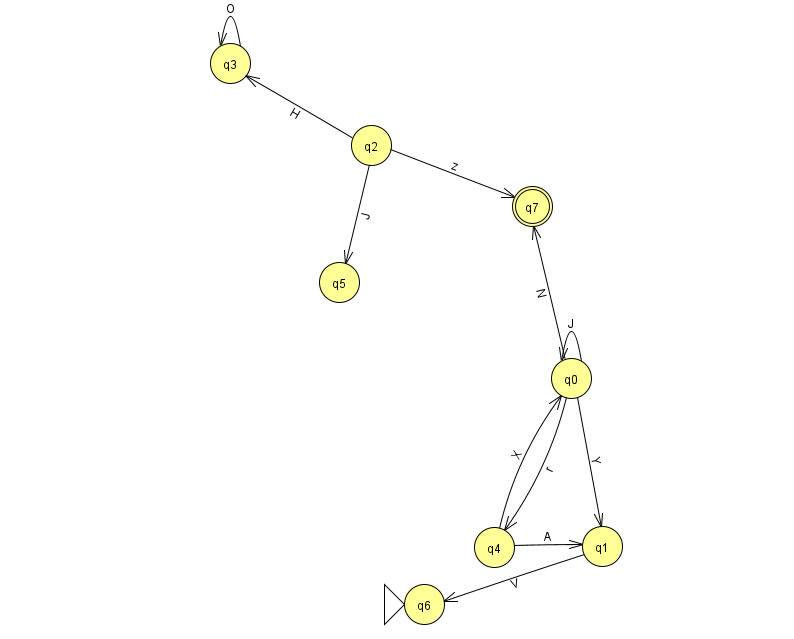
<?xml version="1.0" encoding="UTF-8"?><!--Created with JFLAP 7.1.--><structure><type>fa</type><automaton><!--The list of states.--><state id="0" name="q0"><x>571.0</x><y>365.0</y></state><state id="1" name="q1"><x>602.0</x><y>533.0</y></state><state id="2" name="q2"><x>371.0</x><y>132.0</y></state><state id="3" name="q3"><x>230.0</x><y>50.0</y></state><state id="4" name="q4"><x>494.0</x><y>534.0</y></state><state id="5" name="q5"><x>339.0</x><y>269.0</y></state><state id="6" name="q6"><x>424.0</x><y>591.0</y><initial/></state><state id="7" name="q7"><x>532.0</x><y>193.0</y><final/></state><!--The list of transitions.--><transition><from>0</from><to>1</to><read>Y</read></transition><transition><from>1</from><to>6</to><read>V</read></transition><transition><from>2</from><to>3</to><read>H</read></transition><transition><from>4</from><to>0</to><read>X</read></transition><transition><from>4</from><to>1</to><read>A</read></transition><transition><from>0</from><to>7</to><read>N</read></transition><transition><from>2</from><to>5</to><read>J</read></transition><transition><from>0</from><to>0</to><read>J</read></transition><transition><from>2</from><to>7</to><read>z</read></transition><transition><from>0</from><to>4</to><read>r</read></transition><transition><from>3</from><to>3</to><read>O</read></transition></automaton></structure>